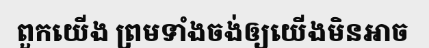
ពួកយើង ព្រមទាំងចង់ឲ្យយើងមិនអាច